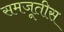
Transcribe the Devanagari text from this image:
समजूतीस